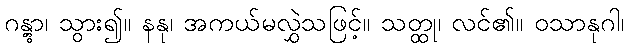
ဂန္တွာ၊ သွား၍။ နနု၊ အကယ်မလွှဲသဖြင့်။ သတ္ထု၊ လင်၏။ ဝသာနုဂါ၊